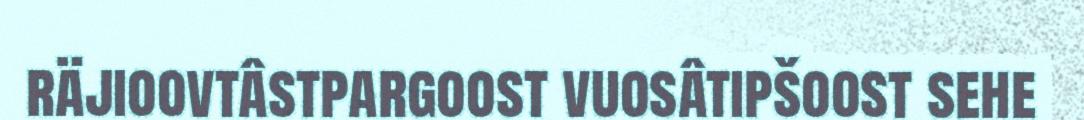
räjioovtâstpargoost vuosâtipšoost sehe